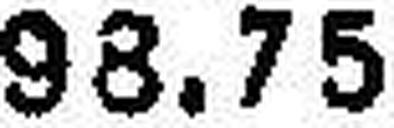
98.75